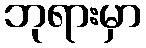
ဘုရားမှာ